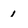
Character: 1